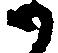
の